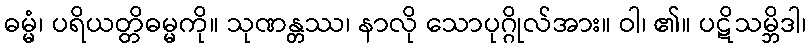
ဓမ္မံ၊ ပရိယတ္တိဓမ္မကို။ သုဏန္တဿ၊ နာလို သောပုဂ္ဂိုလ်အား။ ဝါ၊ ၏။ ပဋိသမ္ဘိဒါ၊